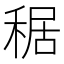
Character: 䅕